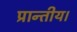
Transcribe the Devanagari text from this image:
प्रान्तीय।